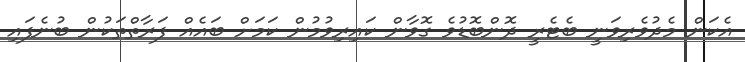
އެކަން މެދުވެރިވަނީ ބެޓެރީ ދޮންބޮޑުވެ ގޮވާން ކައިރިވުމުން ކަމަށް ބައެއް ފަރާތްތަކުން ބުނެފައި